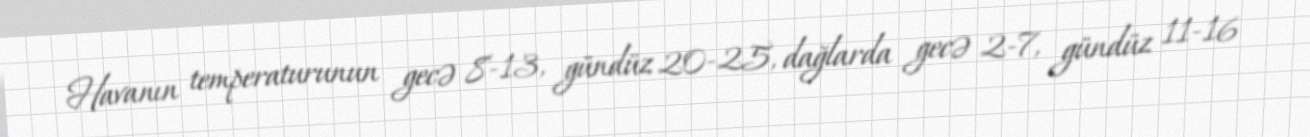
Havanın temperaturunun gecə 8-13, gündüz 20-25, dağlarda gecə 2-7, gündüz 11-16